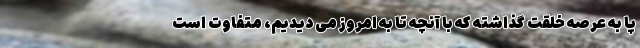
پا به عرصه خلقت گذاشته که با آنچه تا به امروز می دیدیم، متفاوت است